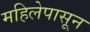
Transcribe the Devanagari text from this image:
महिलेपासून